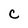
Character: C